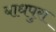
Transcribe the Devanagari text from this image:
बाधपुरा